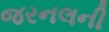
જરનલની